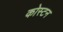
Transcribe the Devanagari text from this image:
कोस्टन